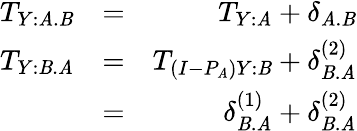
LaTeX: \begin{array}{rlr}{T_{Y:\mathit{A}.\mathit{B}}}&{=}&{T_{Y:\mathit{A}}+\delta_{\mathit{A}.\mathit{B}}}\\ {T_{Y:\mathit{B}.\mathit{A}}}&{=}&{T_{(I-P_{\mathit{A}})Y:\mathit{B}}+\delta_{\mathit{B}.\mathit{A}}^{(2)}}\\ &{=}&{\delta_{\mathit{B}.\mathit{A}}^{(1)}+\delta_{\mathit{B}.\mathit{A}}^{(2)}}\end{array}